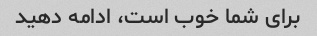
برای شما خوب است، ادامه دهید